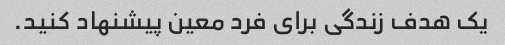
یک هدف زندگی برای فرد معین پیشنهاد کنید.